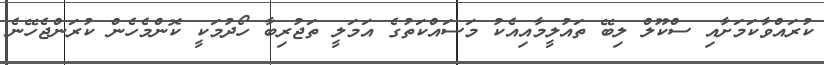
ކުރައްވާކަމަށާއި ސްކޫލް ލިބޭ ތައުލީމާއިއެކު މަސައްކަތުގެ އަމަލީ ތަޖުރިބާ ހޯދުމަކީ ކޮންމެހެން ކުރަންޖެހޭނެ